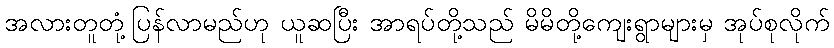
အလားတူတုံ့ပြန်လာမည်ဟု ယူဆပြီး အာရပ်တို့သည် မိမိတို့ကျေးရွာများမှ အုပ်စုလိုက်